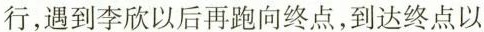
行，遇到李欣以后再跑向终点，到达终点以